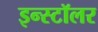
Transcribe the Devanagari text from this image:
इन्स्टॉलर